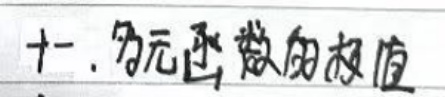
十一、多元函数的极值